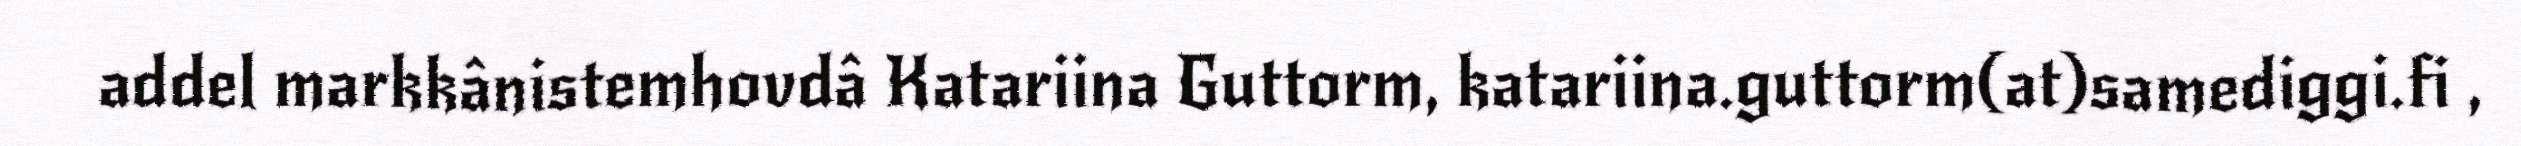
addel markkânistemhovdâ Katariina Guttorm, katariina.guttorm(at)samediggi.fi ,